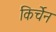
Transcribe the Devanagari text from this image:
किर्चेन